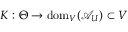
K : \Theta \to \mathrm { d o m } _ { V } ( \mathcal { A } _ { U } ) \subset V